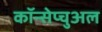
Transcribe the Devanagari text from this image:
कॉन्सेप्चुअल